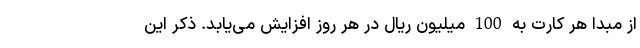
از مبدا هر کارت به 100 میلیون ریال در هر روز افزایش می‌یابد. ذکر این